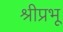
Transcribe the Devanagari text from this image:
श्रीप्रभू